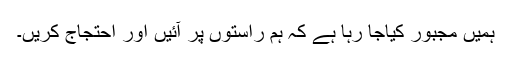
ہمیں مجبور کیاجا رہا ہے کہ ہم راستوں پر آئیں اور احتجاج کریں۔